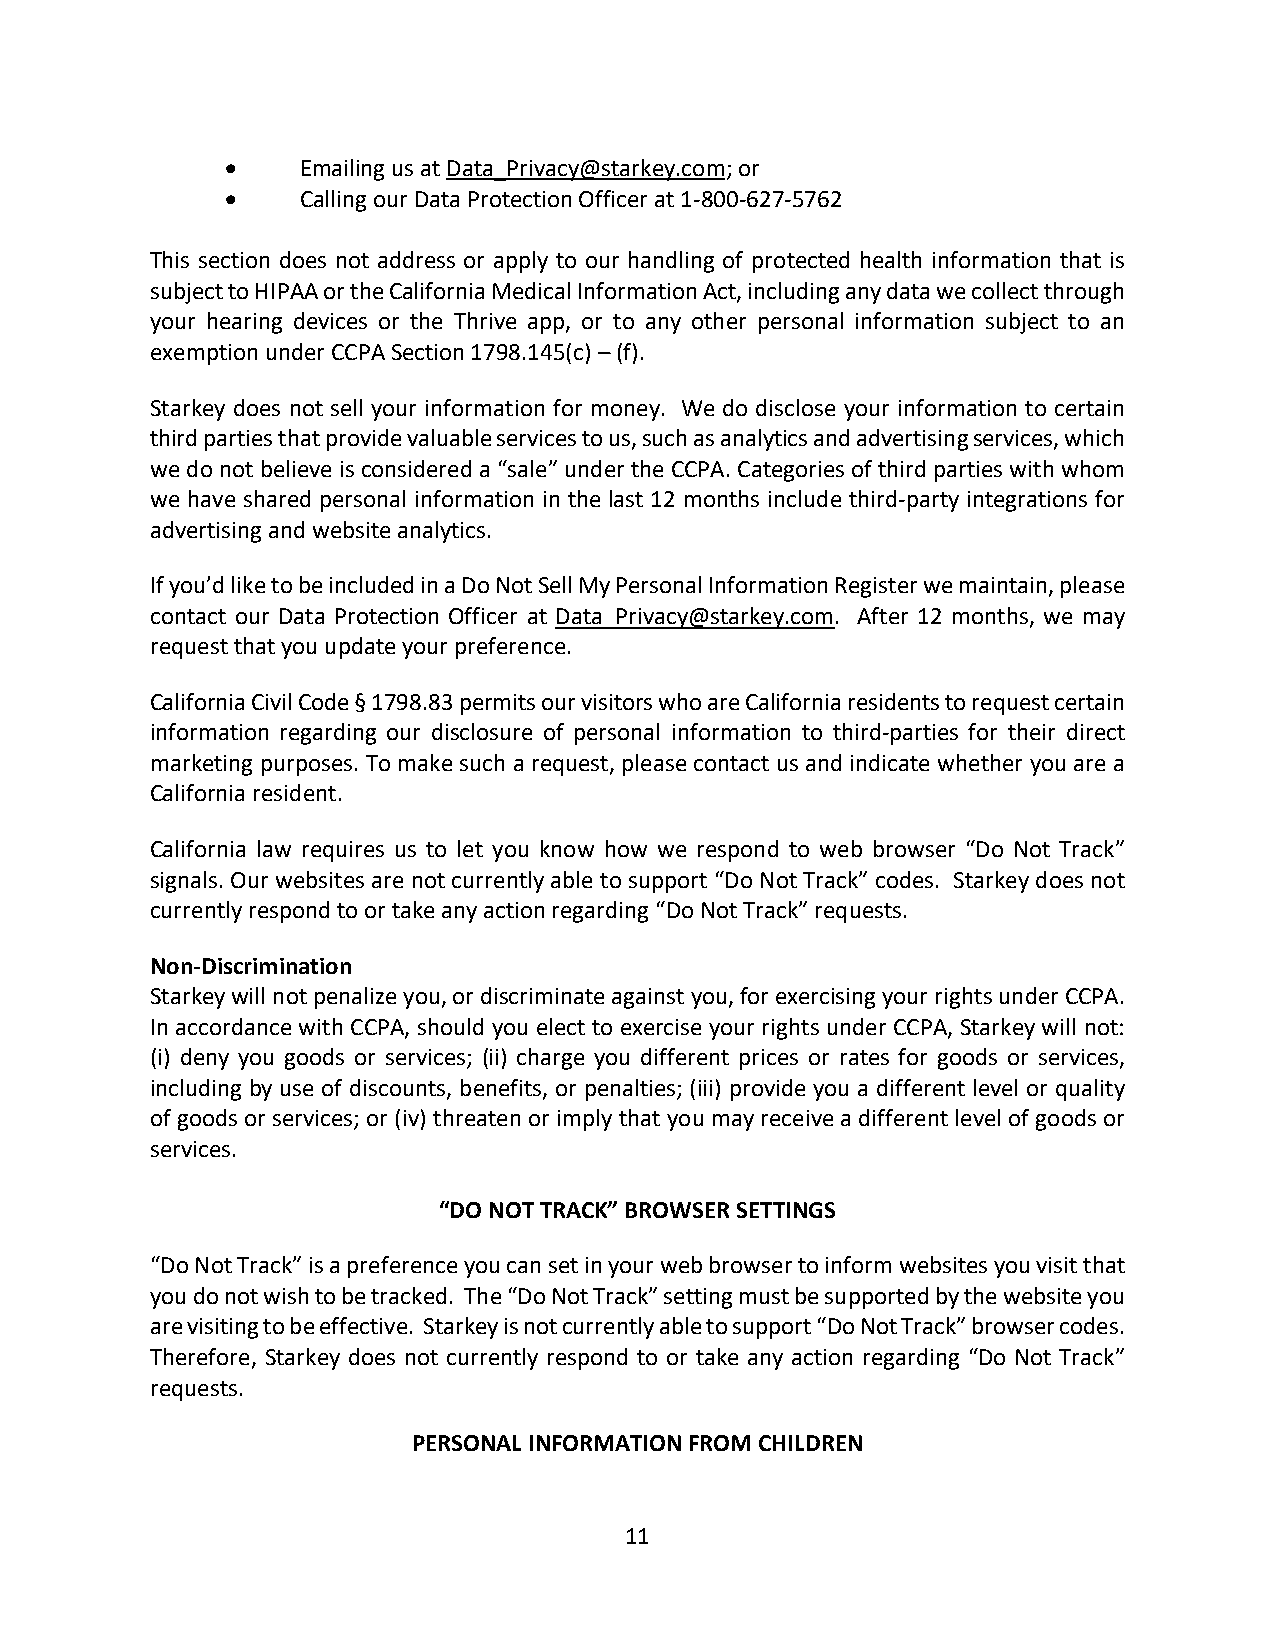
•    Emailing us at Data_Privacy@starkey.com; or
 •    Calling our Data Protection Officer at 1-800-627-5762
 This section does not address or apply to our handling of protected health information that is
 subject to HIPAA or the California Medical Information Act, including any data we collect through
 your hearing devices or the Thrive app, or to any other personal information subject to an
 exemption under CCPA Section 1798.145(c) – (f).
 Starkey does not sell your information for money. We do disclose your information to certain
 third parties that provide valuable services to us, such as analytics and advertising services, which
 we do not believe is considered a “sale” under the CCPA. Categories of third parties with whom
 we have shared personal information in the last 12 months include third-party integrations for
 advertising and website analytics.
 If you’d like to be included in a Do Not Sell My Personal Information Register we maintain, please
 contact our Data Protection Officer at Data_Privacy@starkey.com. After 12 months, we may
 request that you update your preference.
 California Civil Code § 1798.83 permits our visitors who are California residents to request certain
 information regarding our disclosure of personal information to third-parties for their direct
 marketing purposes. To make such a request, please contact us and indicate whether you are a
 California resident.
 California law requires us to let you know how we respond to web browser “Do Not Track”
 signals. Our websites are not currently able to support “Do Not Track” codes. Starkey does not
 currently respond to or take any action regarding “Do Not Track” requests.
 Non-Discrimination
 Starkey will not penalize you, or discriminate against you, for exercising your rights under CCPA.
 In accordance with CCPA, should you elect to exercise your rights under CCPA, Starkey will not:
 (i) deny you goods or services; (ii) charge you different prices or rates for goods or services,
 including by use of discounts, benefits, or penalties; (iii) provide you a different level or quality
 of goods or services; or (iv) threaten or imply that you may receive a different level of goods or
 services.
 “DO NOT TRACK” BROWSER SETTINGS
 “Do Not Track” is a preference you can set in your web browser to inform websites you visit that
 you do not wish to be tracked. The “Do Not Track” setting must be supported by the website you
 are visiting to be effective. Starkey is not currently able to support “Do Not Track” browser codes.
 Therefore, Starkey does not currently respond to or take any action regarding “Do Not Track”
 requests.
 PERSONAL INFORMATION FROM CHILDREN
 11